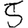
Digit: 5